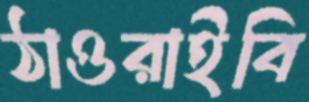
ঠাওরাইবি